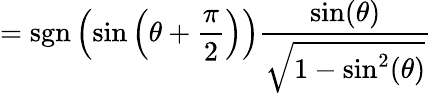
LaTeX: =\operatorname{sgn}\left(\sin\left(\theta+{\frac{\pi}{2}}\right)\right){\frac{\sin(\theta)}{\sqrt{1-\sin^{2}(\theta)}}}